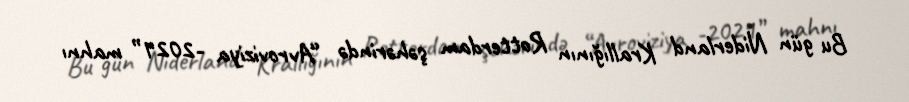
Bu gün Niderland Krallığının Rotterdam şəhərində “Avroviziya -2021” mahnı